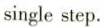
single step.